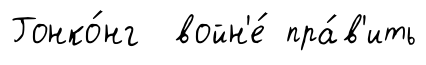
Гонко́нг войн'е́ пра́в'ить